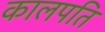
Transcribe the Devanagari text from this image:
कालपति